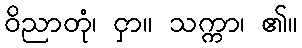
ဝိညာတုံ၊ ငှာ။ သက္ကာ၊ ၏။